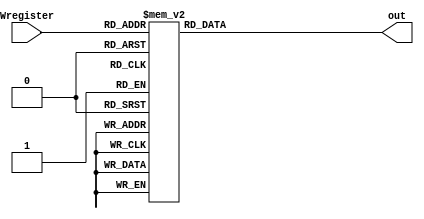
// MIGUEL BENAVIDES
// Decodificador de Prioridad.

module Pri_deco(

input [4:0] Wregister,
output reg [31:0] out

);

always @(*) begin

	case(Wregister)
		
		0: out = 32'b0000_0000_0000_0000_0000_0000_0000_0000;
		1: out = 32'b0000_0000_0000_0000_0000_0000_0000_0001;
		2: out = 32'b0000_0000_0000_0000_0000_0000_0000_0010;
		3: out = 32'b0000_0000_0000_0000_0000_0000_0000_1000;
		4: out = 32'b0000_0000_0000_0000_0000_0000_0001_0000;
		5: out = 32'b0000_0000_0000_0000_0000_0000_0010_0000;
		6: out = 32'b0000_0000_0000_0000_0000_0000_0100_0000; 
		7: out = 32'b0000_0000_0000_0000_0000_0000_1000_0000;
		8: out = 32'b0000_0000_0000_0000_0000_0001_0000_0000;
		9: out = 32'b0000_0000_0000_0000_0000_0010_0000_0000;
		10: out = 32'b0000_0000_0000_0000_0000_0100_0000_0000;
		11: out = 32'b0000_0000_0000_0000_0000_1000_0000_0000;
		12: out = 32'b0000_0000_0000_0000_0001_0000_0000_0000;
		13: out = 32'b0000_0000_0000_0000_0010_0000_0000_0000;
		14: out = 32'b0000_0000_0000_0000_0100_0000_0000_0000;
		15: out = 32'b0000_0000_0000_0000_1000_0000_0000_0000;
		16: out = 32'b0000_0000_0000_0001_0000_0000_0000_0000;
		17: out = 32'b0000_0000_0000_0010_0000_0000_0000_0000;
		18: out = 32'b0000_0000_0000_0100_0000_0000_0000_0000;
		19: out = 32'b0000_0000_0000_1000_0000_0000_0000_0000;
		20: out = 32'b0000_0000_0001_0000_0000_0000_0000_0000;
		21: out = 32'b0000_0000_0010_0000_0000_0000_0000_0000;
		22: out = 32'b0000_0000_0100_0000_0000_0000_0000_0000;
		23: out = 32'b0000_0000_1000_0000_0000_0000_0000_0000;
		24: out = 32'b0000_0001_0000_0000_0000_0000_0000_0000;
		25: out = 32'b0000_0010_0000_0000_0000_0000_0000_0000;
		26: out = 32'b0000_0100_0000_0000_0000_0000_0000_0000;
		27: out = 32'b0000_1000_0000_0000_0000_0000_0000_0000;
		28: out = 32'b0001_0000_0000_0000_0000_0000_0000_0000;
		29: out = 32'b0010_0000_0000_0000_0000_0000_0000_0000;
		30: out = 32'b0100_0000_0000_0000_0000_0000_0000_0000;
		31: out = 32'b1000_0000_0000_0000_0000_0000_0000_0000;
	endcase
end

endmodule